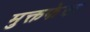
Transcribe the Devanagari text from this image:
मुक्तफेक